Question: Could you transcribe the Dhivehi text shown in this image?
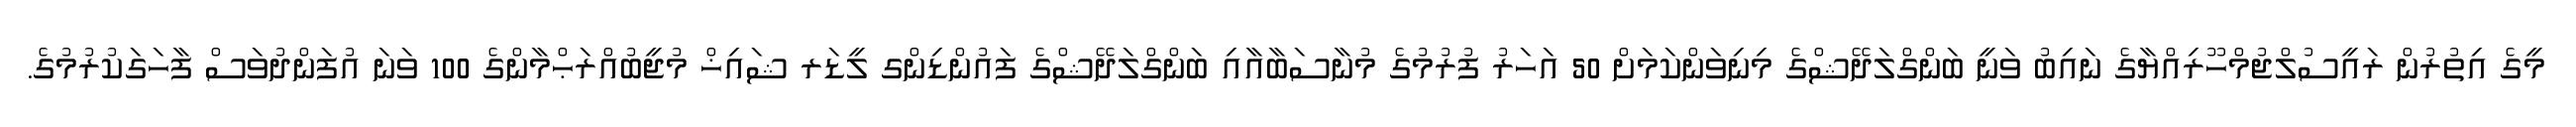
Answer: މީގެ އިތުރުން ރައީސުލްޖުމްހޫރިއްޔާގެ ނައިބު ވަނީ ބަންގްލަދޭޝްގެ މިނިވަންކަމަށް 50 އަހަރު ފުރުމުގެ މުނާސަބާއާއި ބަންގްލަދޭޝްގެ ފައުންޑިންގ ލީޑަރ ޝައިޚް މުޖީބުއްރަޙްމާންގެ 100 ވަނަ އުފަންދުވަސް ފާހަގަކުރުމުގެ.